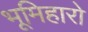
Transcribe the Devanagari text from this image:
भूमिहारो